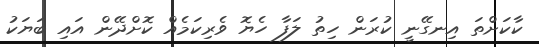
ކާކަށްތަ އިނގޭނީ ކުރަން ހިތު ލަފާ ހެޔޮ ވެރިކަމެއް ކޮށްދޭން އައި ބަޔަކު